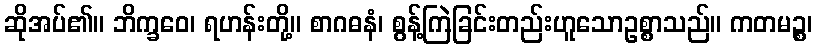
ဆိုအပ်၏။ ဘိက္ခဝေ၊ ရဟန်းတို့။ စာဂဓနံ၊ စွန့်ကြဲခြင်းတည်းဟူသောဥစ္စာသည်။ ကတမဉ္စ၊